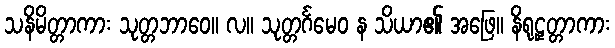
သနိမိတ္တာကား သုတ္တဘာဝေ။ လ။ သုတ္တင်္ဂမေဝ န သိယာ၏ အဖြေ။ နိရုဠှတ္တာကား